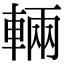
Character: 輛